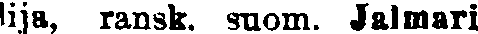
lija, ransk. suom. Jalmari